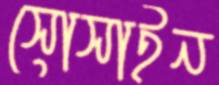
সোসাইন